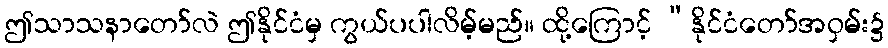
ဤသာသနာတော်လဲ ဤနိုင်ငံမှ ကွယ်ပပါလိမ့်မည်။ ထို့ကြောင့် “နိုင်ငံတော်အဝှမ်း၌